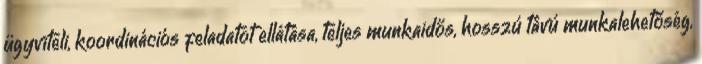
ügyviteli, koordinációs feladatot ellátása, teljes munkaidős, hosszú távú munkalehetőség,